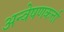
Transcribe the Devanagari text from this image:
अन्वेषणकर्त्ता